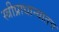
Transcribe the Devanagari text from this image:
स्त्रीप्राधान्यातच